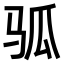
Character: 𬳷